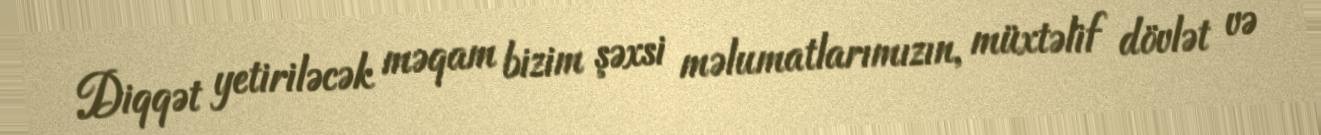
Diqqət yetiriləcək məqam bizim şəxsi məlumatlarımızın, müxtəlif dövlət və